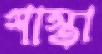
শাস্তা